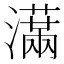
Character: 𤂙